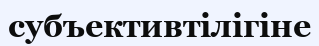
субъективтілігіне